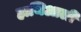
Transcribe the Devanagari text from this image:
हाथिआली